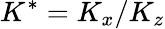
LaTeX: K^{*}=K_{x}/K_{z}